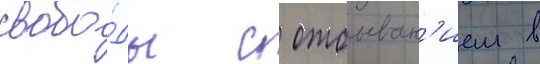
свобо́ды с отбыван'ием в